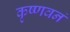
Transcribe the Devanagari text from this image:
कृष्णवनं